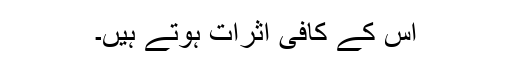
اس کے کافی اثرات ہوتے ہیں۔